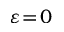
\varepsilon \! = \! 0